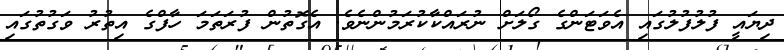
ދިޔައީ ފުލުފުލުގައި އެވަޓަންގެ ގޯލަށް ނުރައްކާކުރަމުންނެވެ. އެގޮތުން ފުރަތަމަ ހާފްގެ އިތުރު ވަގުތުގައި